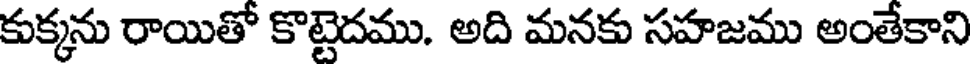
కుక్కను రాయితో కొట్టెదము. అది మనకు సహజము అంతేకాని